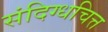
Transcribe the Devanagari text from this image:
संदिग्धचित्त